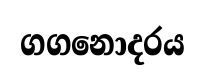
ගගනොදරය